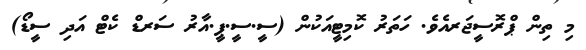
މި ތިން ޕްރޮސީޖަރއެވެ. ހަތަރު ކޮމިޓީއަކުން (ސީ.ސީ.ޕީ.އާރު ސަރޑް ކެޓް އަދި ސީޑޯ)